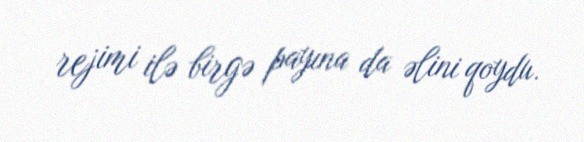
rejimi ilə birgə payına da əlini qoydu.